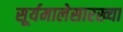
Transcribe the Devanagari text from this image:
सूर्यमालेसारख्या